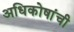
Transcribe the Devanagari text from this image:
अधिकोषांची